Report of the Indian Hemp Drugs Commission, 1894-1895 - Volume IV
Year: 1894
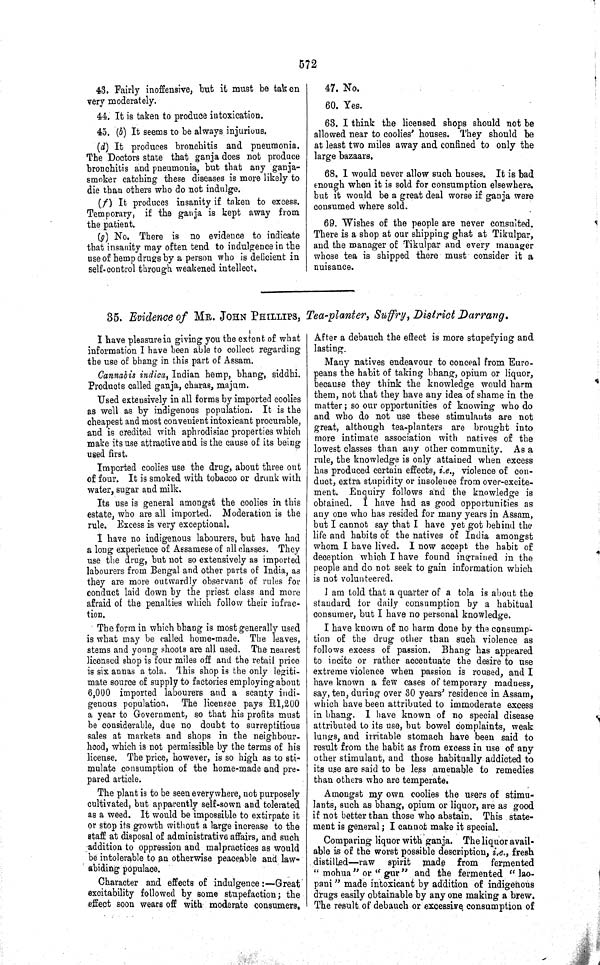
572
43. Fairly inoffensive, but it must be taken
very moderately.
44. It is taken to produce intoxication.
45. (b) It seems to be always injurious.
(d) It produces bronchitis and pneumonia.
The Doctors state that ganja does not produce
bronchitis and pneumonia, but that any ganja-
smoker catching these diseases is more likely to
die than others who do not indulge.
(f) It produces insanity if taken to excess.
Temporary, if the ganja is kept away from
the patient.
(g) No. There is no evidence to indicate
that insanity may often tend to indulgence in the
use of hemp drugs by a person who is deficient in
self-control through weakened intellect.
47. No.
60. Yes.
63. I think the licensed shops should not be
allowed near to coolies' houses. They should be
at least two miles away and confined to only the
large bazaars.
68. I would never allow such houses. It is bad
enough when it is sold for consumption elsewhere,
but it would be a great deal worse if ganja were
consumed where sold.
69. Wishes of the people are never consulted.
There is a shop at our shipping ghat at Tikulpar,
and the manager of Tikulpar and every manager
whose tea is shipped there must consider it a
nuisance.
35. Evidence of MR. JOHN PHILLIPS, Tea-planter, Suffry, District Darrang.
I have pleasure in giving you the extent of what
information I have been able to collect regarding
the use of bhang in this part of Assam.
Cannabis indica, Indian hemp, bhang, siddhi.
Products called ganja, charas, majum.
Used extensively in all forms by imported coolies
as well as by indigenous population. It is the
cheapest and most convenient intoxicant procurable,
and is credited with aphrodisiac properties which
make its use attractive and is the cause of its being
used first.
Imported coolies use the drug, about three out
of four. It is smoked with tobacco or drunk with
water, sugar and milk.
Its use is general amongst the coolies in this
estate, who are all imported. Moderation is the
rule. Excess is very exceptional.
I have no indigenous labourers, but have had
a long experience of Assamese of all classes. They
use the drug, but not so extensively as imported
labourers from Bengal and other parts of India, as
they are more outwardly observant of rules for
conduct laid down by the priest class and more
afraid of the penalties which follow their infrac-
tion.
The form in which bhang is most generally used
is what may be called home-made. The leaves,
stems and young shoots are all used. The nearest
licensed shop is four miles off and the retail price
is six annas a tola. This shop is the only legiti-
mate source of supply to factories employing about
6,000 imported labourers and a scanty indi-
genous population. The licensee pays R1,200
a year to Government, so that his profits must
be considerable, due no doubt to surreptitious
sales at markets and shops in the neighbour-
hood, which is not permissible by the terms of his
license. The price, however, is so high as to sti-
mulate consumption of the home-made and pre-
pared article.
The plant is to be seen everywhere, not purposely
cultivated, but apparently self-sown and tolerated
as a weed. It would be impossible to extirpate it
or stop its growth without a large increase to the
staff at disposal of administrative affairs, and such
addition to oppression and malpractices as would
be intolerable to an otherwise peaceable and law-
abiding populace.
Character and effects of indulgence:—Great
excitability followed by some stupefaction; the
effect soon wears off with moderate consumers.
After a debauch the effect is more stupefying and
lasting.
Many natives endeavour to conceal from Euro-
peans the habit of taking bhang, opium or liquor,
because they think the knowledge would harm
them, not that they have any idea of shame in the
matter; so our opportunities of knowing who do
and who do not use these stimulants are not
great, although tea-planters are brought into
more intimate association with natives of the
lowest classes than any other community. As a
rule, the knowledge is only attained when excess
has produced certain effects, i.e., violence of con-
duct, extra stupidity or insolence from over-excite-
ment. Enquiry follows and the knowledge is
obtained. I have had as good opportunities as
any one who has resided for many years in Assam,
but I cannot say that I have yet got behind the
life and habits of the natives of India amongst
whom I have lived. I now accept the habit of
deception which I have found ingrained in the
people and do not seek to gain information which
is not volunteered.
I am told that a quarter of a tola is about the
standard for daily consumption by a habitual
consumer, but I have no personal knowledge.
I have known of no harm done by the consump-
tion of the drug other than such violence as
follows excess of passion. Bhang has appeared
to incite or rather accentuate the desire to use
extreme violence when passion is roused, and I
have known a few cases of temporary madness,
say, ten, during over 30 years' residence in Assam,
which have been attributed to immoderate excess
in bhang. I have known of no special disease
attributed to its use, but bowel complaints, weak
lungs, and irritable stomach have been said to
result from the habit as from excess in use of any
other stimulant, and those habitually addicted to
its use are said to be less amenable to remedies
than others who are temperate.
Amongst my own coolies the users of stimu-
lants, such as bhang, opium or liquor, are as good
if not better than those who abstain. This state-
ment is general; I cannot make it special.
Comparing liquor with ganja. The liquor avail-
able is of the worst possible description, i.e., fresh
distilled—raw
spirit made from fermented
"mohua" or "gur" and the fermented "lao-
pani" made intoxicant by addition of indigenous
drugs easily obtainable by any one making a brew.
The result of debauch or excessive consumption of